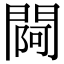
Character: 𨵌